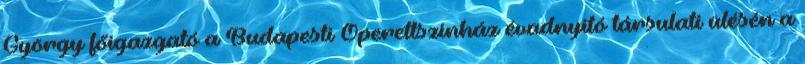
György főigazgató a Budapesti Operettszínház évadnyitó társulati ülésén a